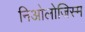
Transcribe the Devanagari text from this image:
निओलोजिस्म